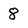
Character: 8